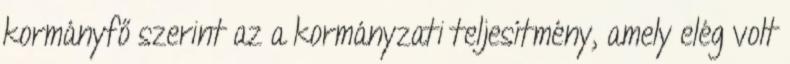
kormányfő szerint az a kormányzati teljesítmény, amely elég volt